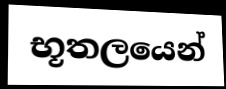
භූතලයෙන්